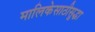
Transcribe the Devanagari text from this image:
मालिकेसाठीसुद्धा